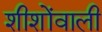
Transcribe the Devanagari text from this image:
शीशोंवाली